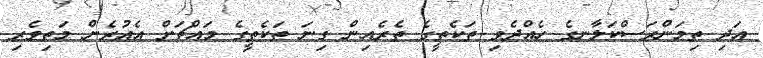
އަދި ތިމަންރަސްކަލާނގެ ހެއްދެވި ތަކެތީގެ ތެރެއިން ގިނަ ތަކެތީގެ މައްޗަށް އެއުރެން މަތިވެރި